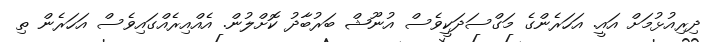
ދިރިއުޅުމަށް އައީ. އަހަރެންގެ މަގްސަދަކީވެސް އުނޫޝް ބަރުބާދު ކޮށްލުން. އެއްއިރެއްގައިވެސް އަހަރެން ތި